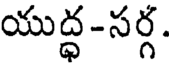
యుద్ధ -సర్గ.